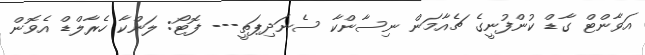
އަވާންޓް ގާޑް ކުންފުނީގެ ޗެއާމަން ނިސާންކާ ސެނަދިޕަތީ--- ފޮޓޯ: ލަންކާ ހެރާލްޑް އެވޮން